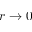
r \to 0